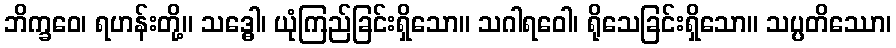
ဘိက္ခဝေ၊ ရဟန်းတို့။ သဒ္ဓေါ၊ ယုံကြည်ခြင်းရှိသော။ သဂါရဝေါ၊ ရိုသေခြင်းရှိသော။ သပ္ပတိဿော၊